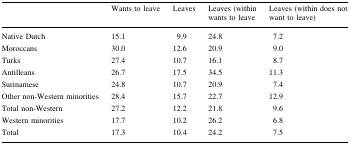
<table><thead><tr><td></td><td><b>Wants to leave</b></td><td><b>Leaves</b></td><td><b>Leaves (within wants to leave</b></td><td><b>Leaves (within does not want to leave)</b></td></tr></thead><tbody><tr><td>Native Dutch</td><td>15.1</td><td>9.9</td><td>24.8</td><td>7.2</td></tr><tr><td>Moroccans</td><td>30.0</td><td>12.6</td><td>20.9</td><td>9.0</td></tr><tr><td>Turks</td><td>27.4</td><td>10.7</td><td>16.1</td><td>8.7</td></tr><tr><td>Antilleans</td><td>26.7</td><td>17.5</td><td>34.5</td><td>11.3</td></tr><tr><td>Surinamese</td><td>24.8</td><td>10.7</td><td>20.9</td><td>7.4</td></tr><tr><td>Other non-Western minorities</td><td>28.4</td><td>15.7</td><td>22.7</td><td>12.9</td></tr><tr><td>Total non-Western</td><td>27.2</td><td>12.2</td><td>21.8</td><td>9.6</td></tr><tr><td>Western minorities</td><td>17.7</td><td>10.2</td><td>26.2</td><td>6.8</td></tr><tr><td>Total</td><td>17.3</td><td>10.4</td><td>24.2</td><td>7.5</td></tr></tbody></table>